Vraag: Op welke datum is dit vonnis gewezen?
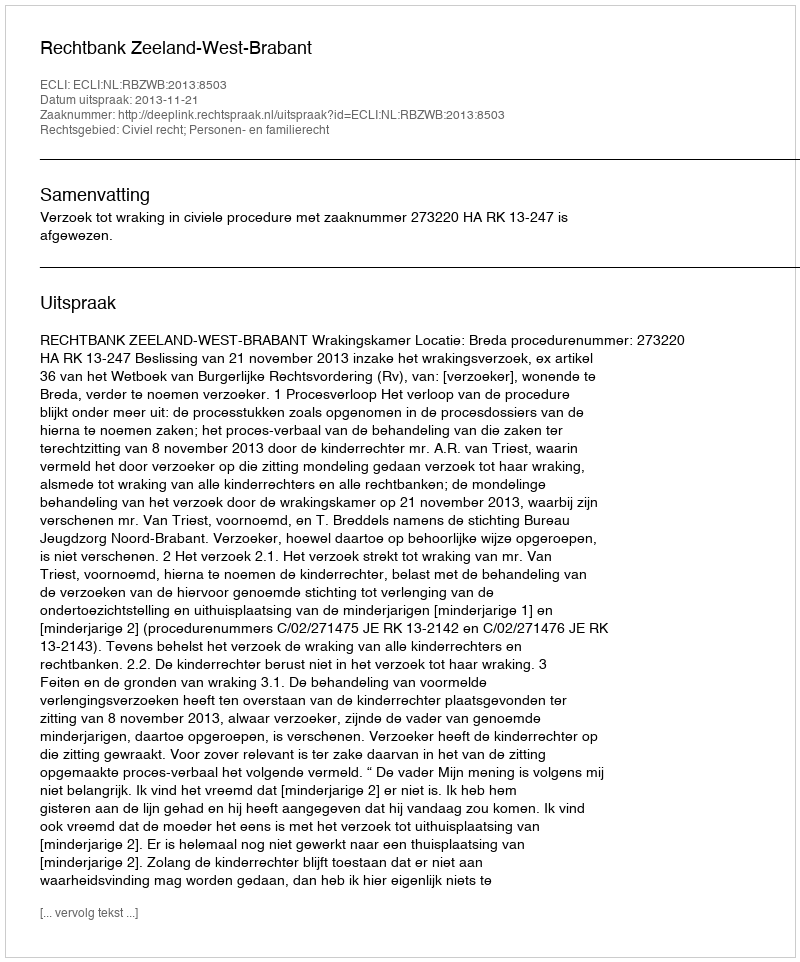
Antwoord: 2013-11-21